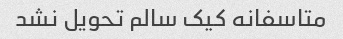
متاسفانه کیک سالم تحویل نشد